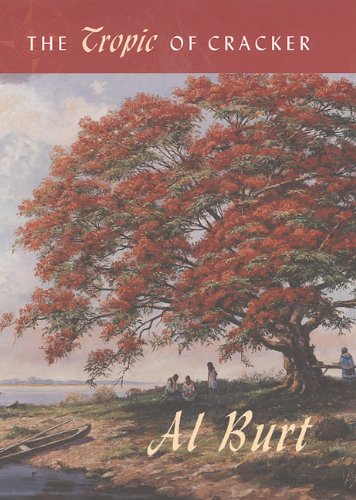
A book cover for The Tropic of Cracker (Florida History and Culture); Al Burt; Humor & Entertainment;